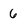
Character: 6